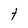
Character: t